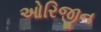
ઓરિજીન